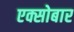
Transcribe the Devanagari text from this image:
एक्सोबार